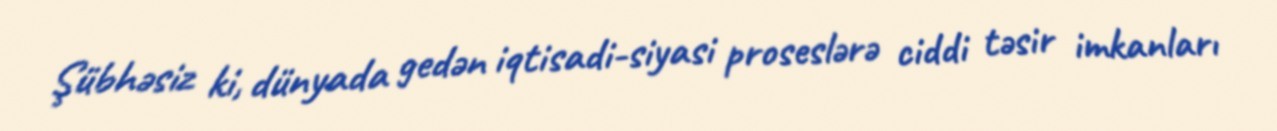
Şübhəsiz ki, dünyada gedən iqtisadi-siyasi proseslərə ciddi təsir imkanları